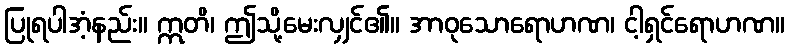
ပြုရပါအံ့နည်း။ ဣတိ၊ ဤသို့မေးလျှင်၏။ အာဝုသောရောဟဏ၊ ငါ့ရှင်ရောဟဏ။